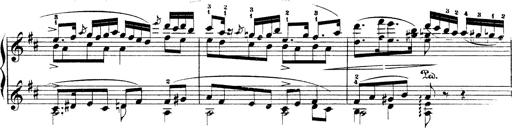
Title: Illustrations de l'opÃ©ra L'Africaine
Composer: Franz Liszt